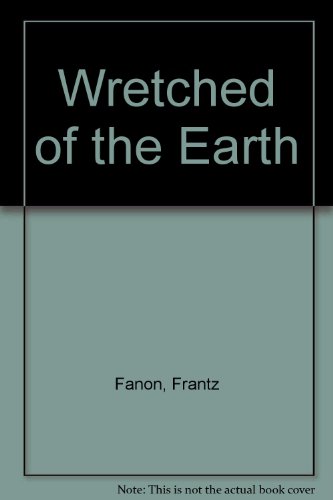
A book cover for The Wretched of the Earth; Frantz Fanon; History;